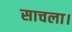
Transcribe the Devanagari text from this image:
साचला।